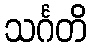
သင်္ဂတိ